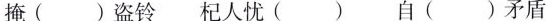
掩( )盗铃 杞人忧( ) 自( )矛盾